Report of the Indian Hemp Drugs Commission, 1894-1895 - Volume IV
Year: 1894
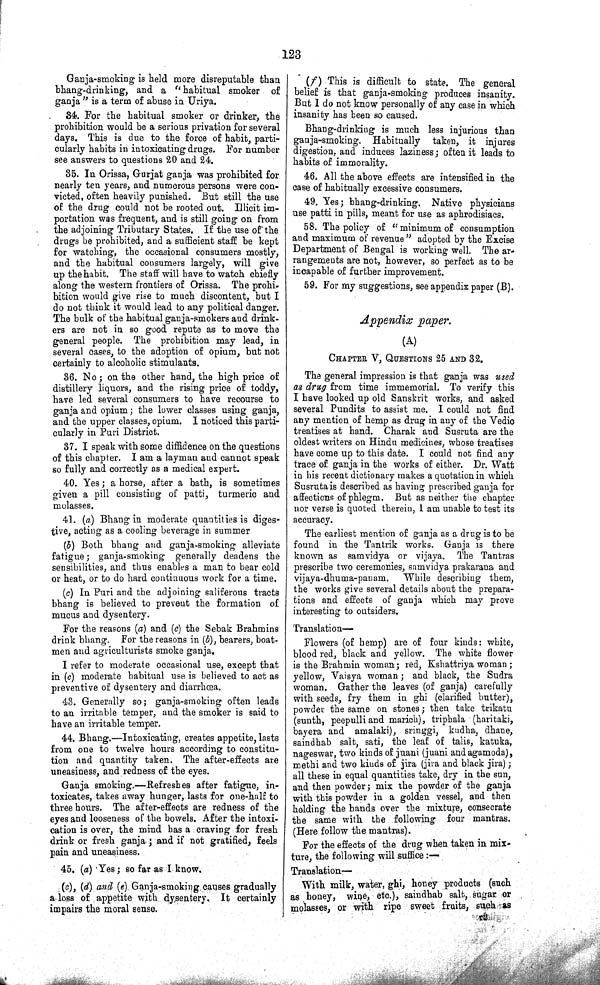
123
Ganja-smoking is held more disreputable than
bhang-drinking, and a "habitual smoker of
ganja" is a term of abuse in Uriya.
34. For the habitual smoker or drinker, the
prohibition would be a serious privation for several
days. This is due to the force of habit, parti¬
cularly habits in intoxicating drugs. For number
see answers to questions 20 and 24.
35. In Orissa, Gurjat ganja was prohibited for
nearly ten years, and numerous persons were con¬
victed, often heavily punished. But still the use
of the drug could not be rooted out. Illicit im¬
portation was frequent, and is still going on from
the adjoining Tributary States. If the use of the
drugs be prohibited, and a sufficient staff be kept
for watching, the occasional consumers mostly,
and the habitual consumers largely, will give
up the habit. The staff will have to watch chiefly
along the western frontiers of Orissa. The prohi¬
bition would give rise to much discontent, but I
do not think it would lead to any political danger.
The bulk of the habitual ganja-smokers and drink¬
ers are not in so good repute as to move the
general people. The prohibition may lead, in
several cases, to the adoption of opium, but not
certainly to alcoholic stimulants.
36. No; on the other hand, the high price of
distillery liquors, and the rising price of toddy,
have led several consumers to have recourse to
ganja and opium; the lower classes using ganja,
and the upper classes, opium. I noticed this parti¬
cularly in Puri District.
37. I speak with some diffidence on the questions
of this chapter. I am a layman and cannot speak
so fully and correctly as a medical expert.
40. Yes; a horse, after a bath, is sometimes
given a pill consisting of patti, turmeric and
molasses.
41. (a) Bhang in moderate quantities is diges¬
tive, acting as a cooling beverage in summer
(b) Both bhang and ganja-smoking alleviate
fatigue; ganja-smoking generally deadens the
sensibilities, and thus enables a man to bear cold
or heat, or to do hard continuous work for a time.
(c) In Puri and the adjoining saliferous tracts
bhang is believed to prevent the formation of
mucus and dysentery.
For the reasons (a) and (c) the Sebak Brahmins
drink bhang. For the reasons in (b), bearers, boat¬
men and agriculturists smoke ganja.
I refer to moderate occasional use, except that
in (c) moderate habitual use is believed to act as
preventive of dysentery and diarrhœa.
43. Generally so; ganja-smoking often leads
to an irritable temper, and the smoker is said to
have an irritable temper.
44. Bhang.—Intoxicating, creates appetite, lasts
from one to twelve hours according to constitu¬
tion and quantity taken. The after-effects are
uneasiness, and redness of the eyes.
Ganja smoking.—Refreshes after fatigue, in¬
toxicates, takes away hunger, lasts for one-half to
three hours. The after-effects are redness of the
eyes and looseness of the bowels. After the intoxi¬
cation is over, the mind has a craving for fresh
drink or fresh ganja; and if not gratified, feels
pain and uneasiness.
45. (a) Yes; so far as I know.
(c), (d) and (e). Ganja-smoking causes gradually
a loss of appetite with dysentery. It certainly
impairs the moral sense.
(f) This is difficult to state. The general
belief is that ganja-smoking produces insanity.
But I do not know personally of any case in which
insanity has been so caused.
Bhang-drinking is much less injurious than
ganja-smoking. Habitually taken, it injures
digestion, and induces laziness; often it leads to
habits of immorality.
46. All the above effects are intensified in the
case of habitually excessive consumers.
49. Yes; bhang-drinking. Native physicians
use patti in pills, meant for use as aphrodisiacs.
58. The policy of "minimum of consumption
and maximum of revenue" adopted by the Excise
Department of Bengal is working well. The ar¬
rangements are not, however, so perfect as to be
incapable of further improvement.
59. For my suggestions, see appendix paper (B).
Appendix paper.
(A)
CHAPTER V, QUESTIONS 25 AND 32.
The general impression is that ganja was used
as drug from time immemorial. To verify this
I have looked up old Sanskrit works, and asked
several Pundits to assist me. I could not find
any mention of hemp as drug in any of the Vedic
treatises at hand. Charak and Susruta are the
oldest writers on Hindu medicines, whose treatises
have come up to this date. I could not find any
trace of ganja in the works of either. Dr. Watt
in his recent dictionary makes a quotation in which
Susruta is described as having prescribed ganja for
affections of phlegm. But as neither the chapter
nor verse is quoted therein, I am unable to test its
accuracy.
The earliest mention of ganja as a drug is to be
found in the Tantrik works. Ganja is there
known as samvidya or vijaya. The Tantras
prescribe two ceremonies, samvidya prakarana and
vijaya-dhuma-panam. While describing them,
the works give several details about the prepara¬
tions and effects of ganja which may prove
interesting to outsiders.
Translation—
Flowers (of hemp) are of four kinds: white,
blood red, black and yellow. The white flower
is the Brahmin woman; red, Kshattriya woman;
yellow, Vaisya woman; and black, the Sudra
woman. Gather the leaves (of ganja) carefully
with seeds, fry them in ghi (clarified butter),
powder the same on stones; then take trikatu
(sunth, peepulli and marich), triphala (haritaki,
bayera and amalaki), sringgi, kudha, dhane,
saindhab salt, sati, the leaf of talis, katuka,
nageswar, two kinds of juani (juani and agamoda),
methi and two kinds of jira (jira and black jira);
all these in equal quantities take, dry in the sun,
and then powder; mix the powder of the ganja
with this powder in a golden vessel, and then
holding the hands over the mixture, consecrate
the same with the following four mantras.
(Here follow the mantras).
For the effects of the drug when taken in mix¬
ture, the following will suffice:—
Translation—
With milk, water, ghi, honey products (such
as honey, wine, etc.), saindhab salt, sugar or
molasses, or with ripe sweet fruits, such as
T2